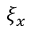
\xi _ { x }